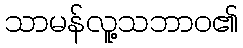
သာမန်လူ့သဘာဝ၏